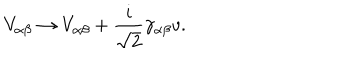
LaTeX: V _ { \alpha \beta } \rightarrow V _ { \alpha \beta } + \frac { i } { \sqrt { 2 } } \gamma _ { \alpha \beta } v .